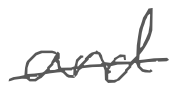
Text: and
Cross-out: single-line
Writing tool: digital_gray